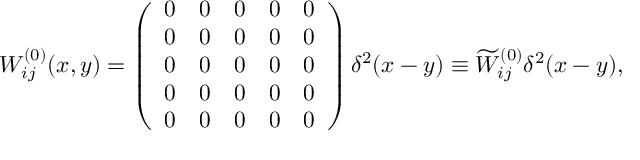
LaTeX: W _ { i j } ^ { ( 0 ) } ( x , y ) = \left( \begin{array} { c c c c c } { { 0 } } & { { 0 } } & { { 0 } } & { { 0 } } & { { 0 } } \\ { { 0 } } & { { 0 } } & { { 0 } } & { { 0 } } & { { 0 } } \\ { { 0 } } & { { 0 } } & { { 0 } } & { { 0 } } & { { 0 } } \\ { { 0 } } & { { 0 } } & { { 0 } } & { { 0 } } & { { 0 } } \\ { { 0 } } & { { 0 } } & { { 0 } } & { { 0 } } & { { 0 } } \end{array} \right) \delta ^ { 2 } ( x - y ) \equiv \widetilde { W } _ { i j } ^ { ( 0 ) } \delta ^ { 2 } ( x - y ) ,